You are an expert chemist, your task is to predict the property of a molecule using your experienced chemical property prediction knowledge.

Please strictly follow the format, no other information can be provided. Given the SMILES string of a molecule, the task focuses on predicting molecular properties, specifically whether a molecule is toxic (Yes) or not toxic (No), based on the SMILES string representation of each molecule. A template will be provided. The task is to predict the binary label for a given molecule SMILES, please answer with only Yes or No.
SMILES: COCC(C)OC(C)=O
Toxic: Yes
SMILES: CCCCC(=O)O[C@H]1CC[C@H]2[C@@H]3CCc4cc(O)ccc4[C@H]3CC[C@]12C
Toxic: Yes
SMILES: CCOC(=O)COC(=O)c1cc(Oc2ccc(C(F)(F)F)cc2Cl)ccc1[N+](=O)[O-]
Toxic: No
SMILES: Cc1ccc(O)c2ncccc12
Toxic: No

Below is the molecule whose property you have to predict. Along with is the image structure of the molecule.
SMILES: OCCCCC(O)CO
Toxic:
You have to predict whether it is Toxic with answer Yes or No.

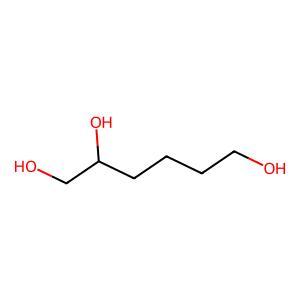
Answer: No